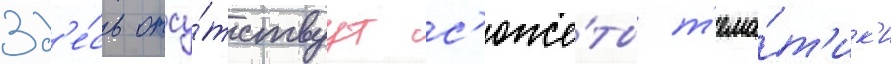
Зд'е́сь отсу́тствуут с'юже́ты т'ема́т'ик'и